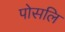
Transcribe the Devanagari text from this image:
पोसलि